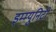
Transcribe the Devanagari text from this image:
इम्म्युनिटी